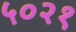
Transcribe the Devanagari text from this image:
५०२१